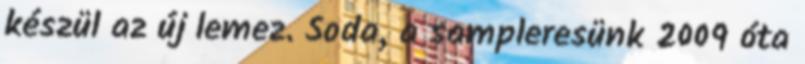
készül az új lemez. Soda, a sampleresünk 2009 óta